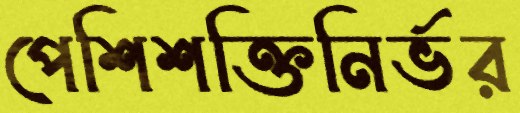
পেশিশক্তিনির্ভর